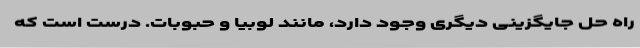
راه حل جایگزینی دیگری وجود دارد، مانند لوبیا و حبوبات. درست است که